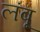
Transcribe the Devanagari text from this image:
लंबू